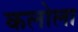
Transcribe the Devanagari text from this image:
कलोला